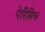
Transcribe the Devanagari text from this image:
पेरिसिच